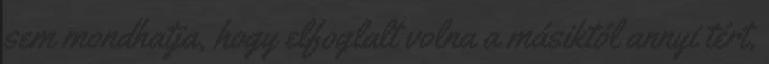
sem mondhatja, hogy elfoglalt volna a másiktól annyi tért,